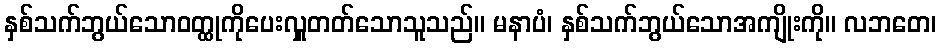
နှစ်သက်ဘွယ်သောဝတ္ထုကိုပေးလှူတတ်သောသူသည်။ မနာပံ၊ နှစ်သက်ဘွယ်သောအကျိုးကို။ လဘတေ၊